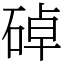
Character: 䂽